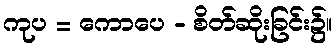
ကုပ = ကောပေ - စိတ်ဆိုးခြင်း၌။